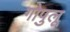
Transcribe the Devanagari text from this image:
गोपुलू